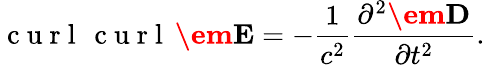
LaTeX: \mathrm{~c~u~r~l~}\, \mathrm{~c~u~r~l~}\, {\textbf{\em E}}=-\frac{1}{c^{2}}\frac{\partial^{2}{\textbf{\em D}}}{\partial t^{2}}.